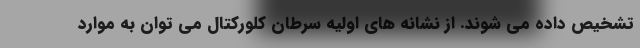
تشخیص داده می شوند. از نشانه های اولیه سرطان کلورکتال می توان به موارد